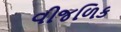
વીજળિક